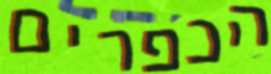
הכפרים